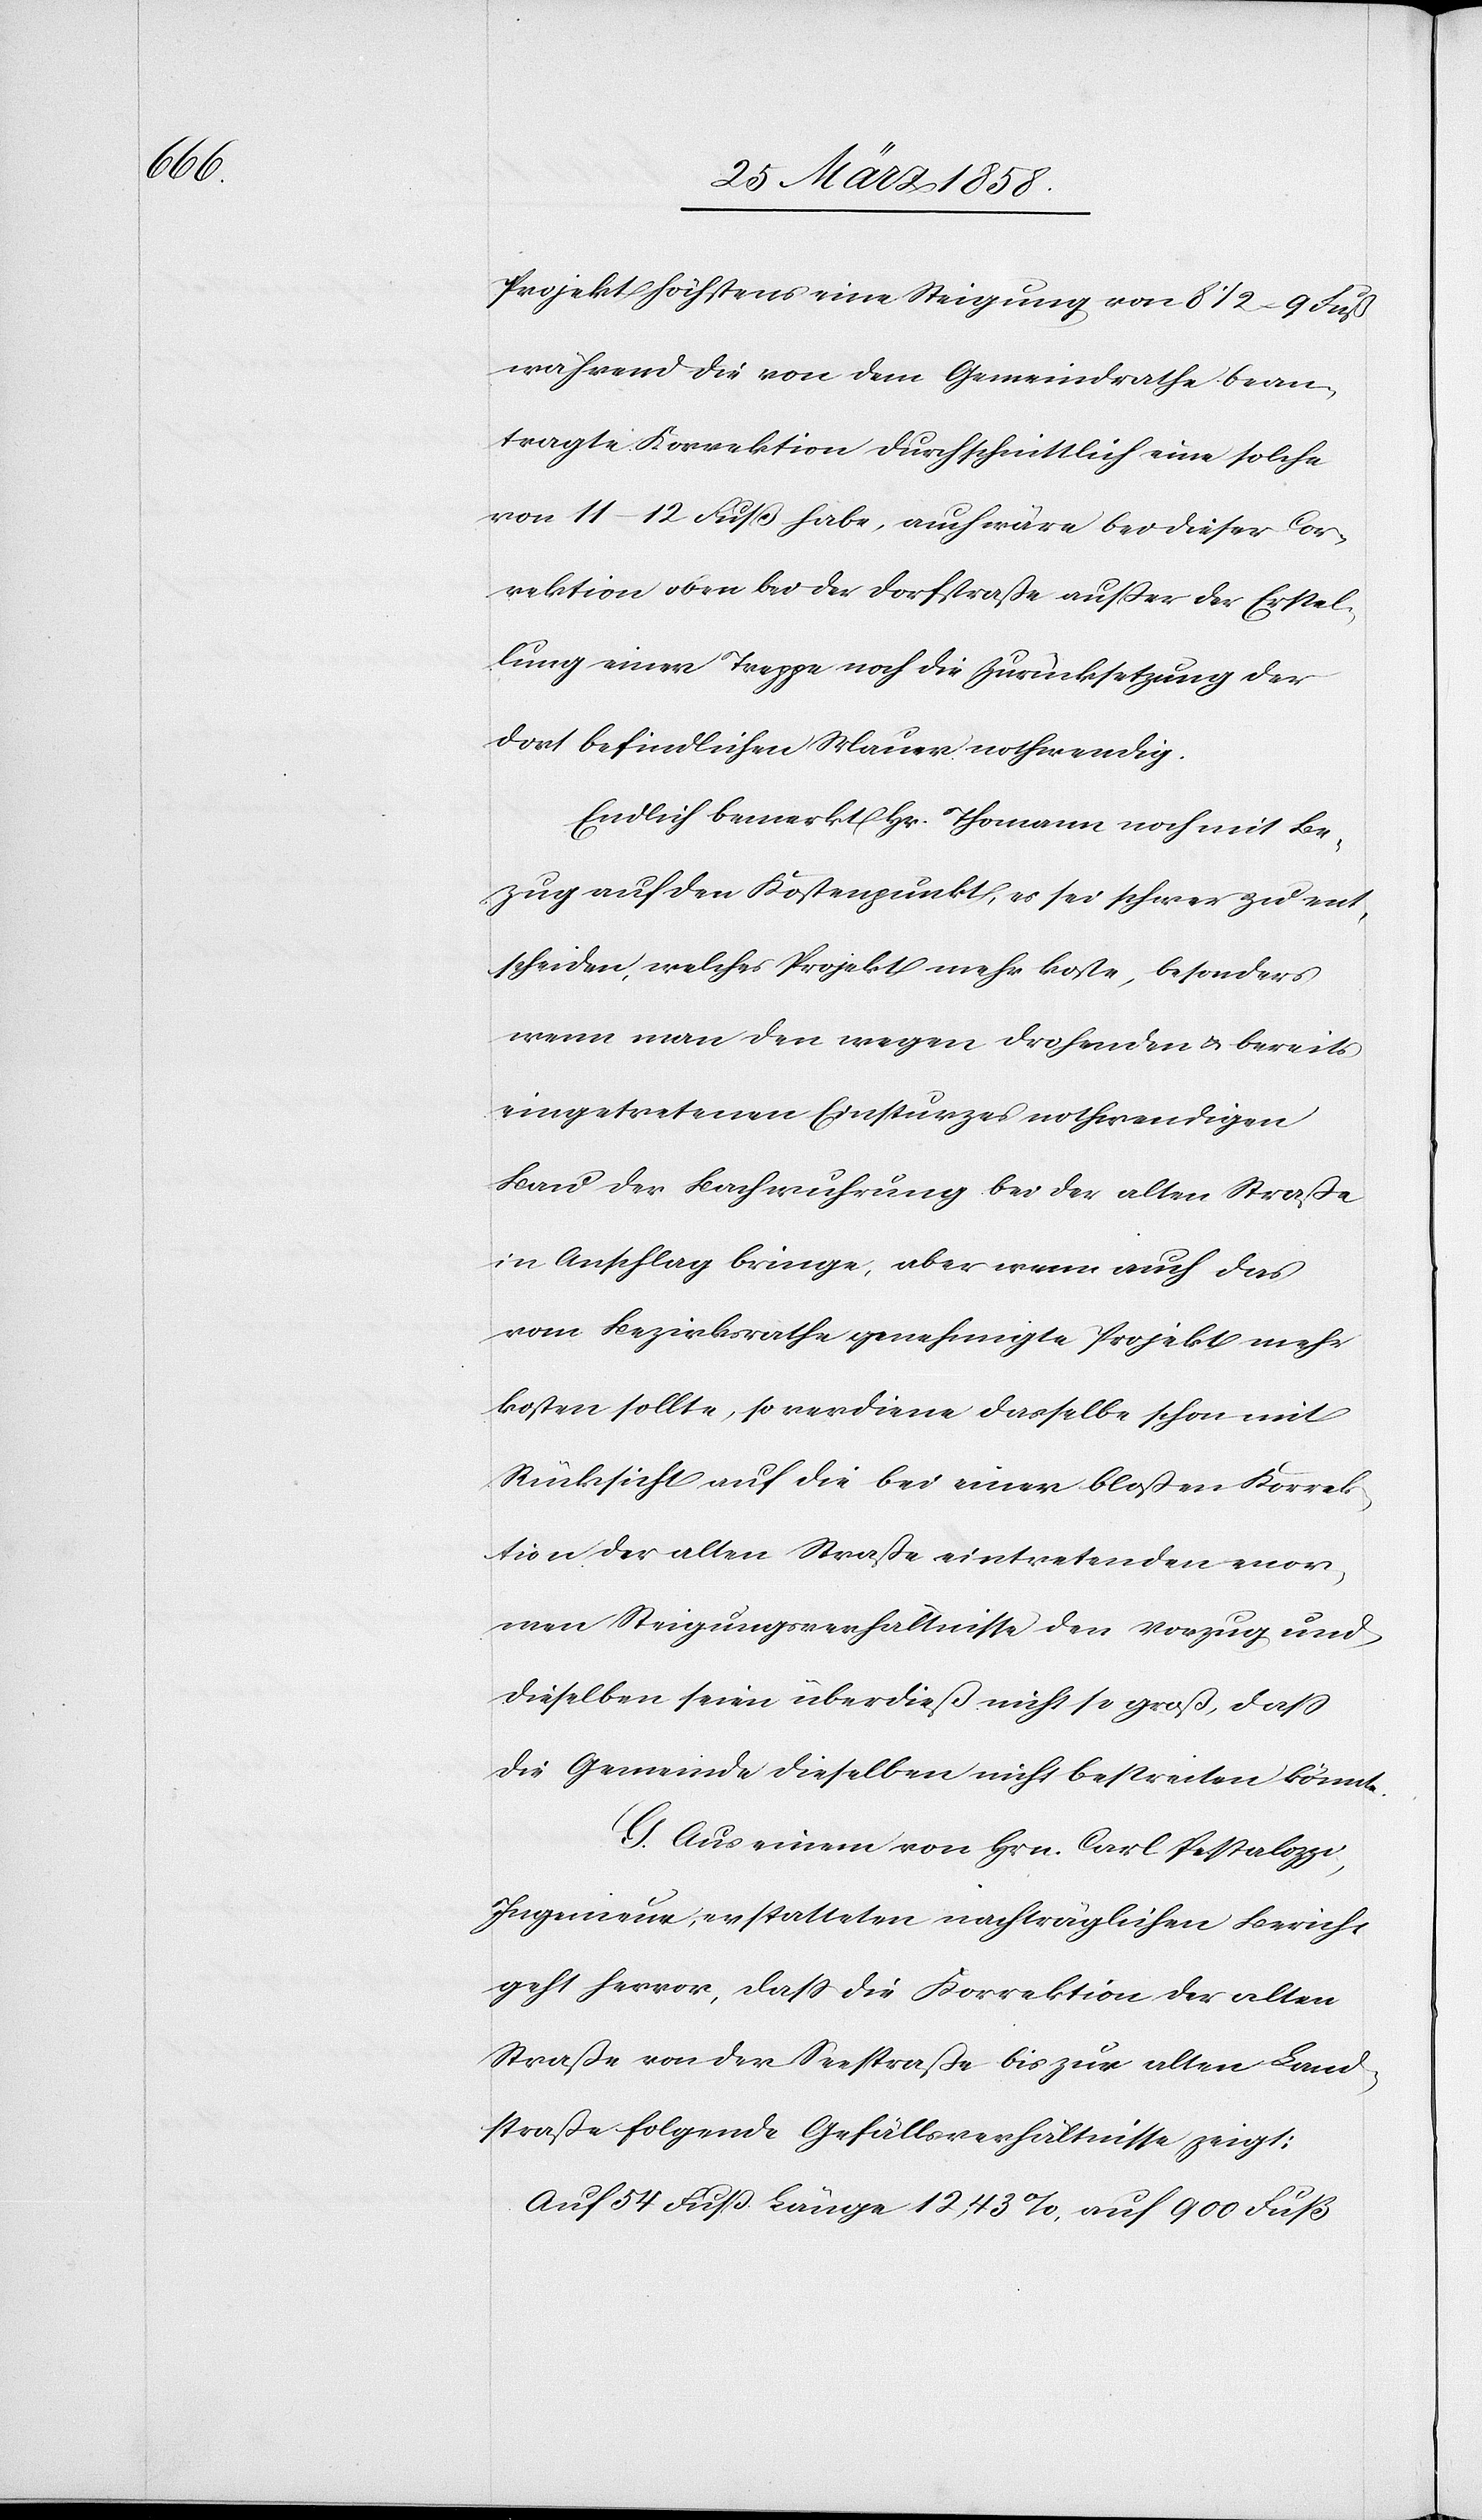
Projekt höchstens eine Steigung von 81/2–9 Fuß
während die von dem Gemeindrathe bean¬
tragte Korrektion durchschnittlich eine solche
von 11–12 Fuß habe, auch wäre bei dieser Cor¬
rektion oben bei der Dorfstraße außer der Erstel¬
lung einer Treppe noch die Zurücksetzung der
dort befindlichen Mauer nothwendig.
Endlich bemerkt Hr. Thomann noch mit Be¬
zug auf den Kostenpunkt, es sei schwer zu ent¬
scheiden, welches Projekt mehr koste, besonders
wenn man den wegen drohenden u. bereits
eingetretenen Einsturzes nothwendigen
Bau der Bachwuhrung bei der alten Straße
in Anschlag bringe, aber wenn auch das
vom Bezirksrathe genehmigte Projekt mehr
kosten sollte, so verdiene dasselbe schon mit
Rücksicht auf die bei einer bloßen Korrek¬
tion der alten Straße eintretenden enor¬
men Steigungsverhältnisse den Vorzug und
dieselben seien überdieß nicht so groß, daß
die Gemeinde dieselben nicht bestreiten könnte.
G. Aus einem von Hrn. Carl Pestalozzi,
Ingenieur, erstatteten nachträglichen Bericht
geht hervor, daß die Korrektion der alten
Straße von der Seestraße bis zur alten Land¬
straße folgende Gefällsverhältnisse zeigt: